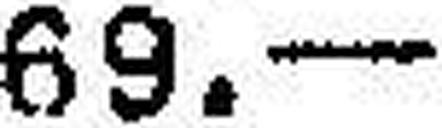
69.—